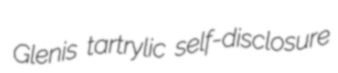
Glenis tartrylic self-disclosure